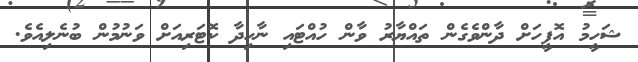
ޝަހީމު އޮފީހަށް ދާންވެގެން ތައްޔާރު ވާން ހުއްޓައި ނާހިދާ ކޮޓަރިއަށް ވަނުމުން ބުނެލިއެވެ.